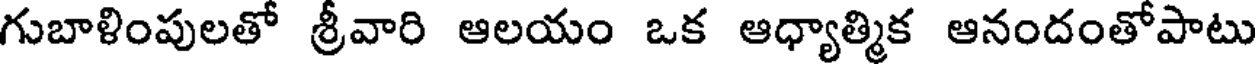
గుబాళింపులతో శ్రీవారి ఆలయం ఒక ఆధ్యాత్మిక ఆనందంతోపాటు